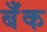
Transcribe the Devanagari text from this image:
बॅँक